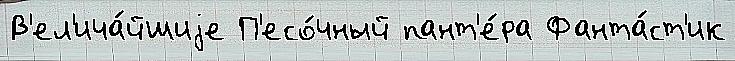
В'ел'ича́йшиjе П'есо́чный пант'е́ра Фанта́ст'ик